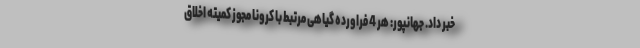
خبر داد. جهانپور: هر 4 فراورده گیاهی مرتبط با کرونا مجوز کمیته اخلاق